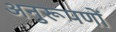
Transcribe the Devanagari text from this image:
अनुरूपणों